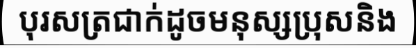
បុរសត្រជាក់ដូចមនុស្សប្រុសនិង